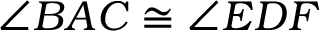
\angle B A C \cong \angle E D F